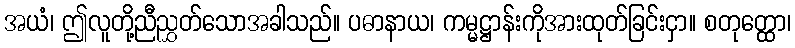
အယံ၊ ဤလူတို့ညီညွှတ်သောအခါသည်။ ပဓာနာယ၊ ကမ္မဋ္ဌာန်းကိုအားထုတ်ခြင်းငှာ။ စတုတ္ထော၊